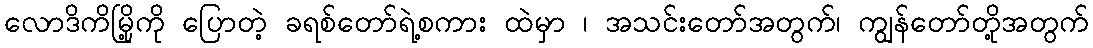
လောဒိကိမြို့ကို ပြောတဲ့ ခရစ်တော်ရဲ့စကား ထဲမှာ ၊ အသင်းတော်အတွက်၊ ကျွန်တော်တို့အတွက်